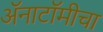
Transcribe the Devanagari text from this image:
अॅनाटॉमीचा